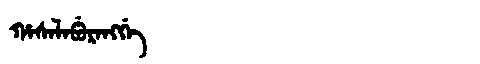
Manchu: ᡥᠠᠰᠠᠯᠠᠪᡠᡵᠠᠩᡤᡝ
Romanization: HASALABURANGGE